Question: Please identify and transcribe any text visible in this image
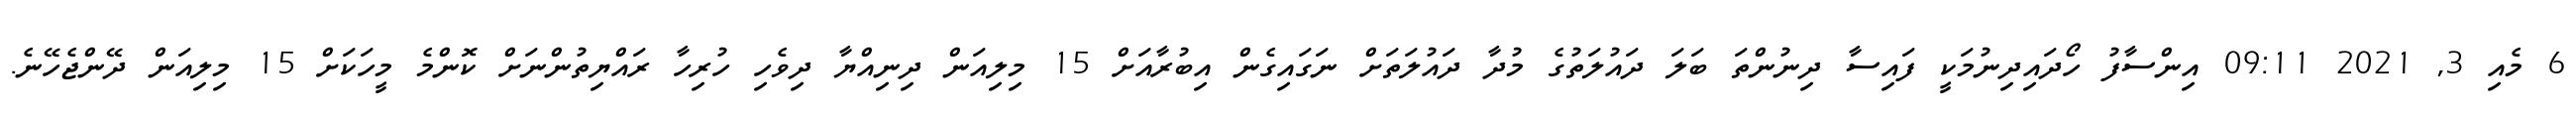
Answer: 6 މެއި 3, 2021 09:11 އިންސާފު ހޯދައިދިނުމަކީ ފައިސާ ދިނުންތަ ބަލަ ދައުލަތުގެ މުދާ ދައުލަތަށް ނަގައިގެން އިބުރާއަށް 15 މިލިއަން ދިނިއްޔާ ދިވެހި ހުރިހާ ރައްޔިތުންނަށް ކޮންމެ މީހަކަށް 15 މިލިއަން ދޭންޖެހޭނެ.